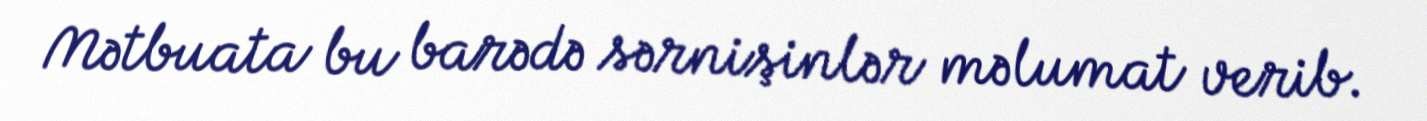
Mətbuata bu barədə sərnişinlər məlumat verib.